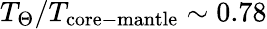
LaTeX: T_{\Theta}/T_{\mathrm{core-mantle}}\sim 0.78